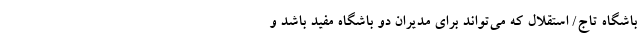
باشگاه تاج/ استقلال که می‌تواند برای مدیران دو باشگاه مفید باشد و